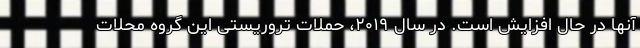
آنها در حال افزایش است. در سال ۲۰۱۹، حملات تروریستی این گروه محلات